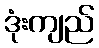
ဒုံးကျည်